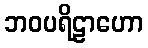
ဘဝပရိဠာဟော